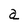
Character: a